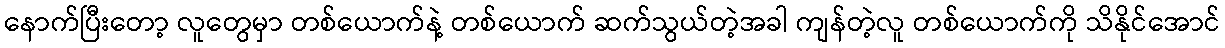
နောက်ပြီးတော့ လူတွေမှာ တစ်ယောက်နဲ့ တစ်ယောက် ဆက်သွယ်တဲ့အခါ ကျန်တဲ့လူ တစ်ယောက်ကို သိနိုင်အောင်